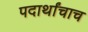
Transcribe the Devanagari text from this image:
पदार्थांचाच